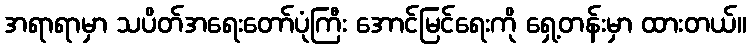
အရာရာမှာ သပိတ်အရေးတော်ပုံကြီး အောင်မြင်ရေးကို ရှေ့တန်းမှာ ထားတယ်။